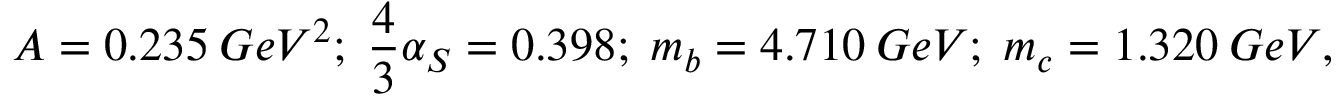
A = 0 . 2 3 5 \: G e V ^ { 2 } ; \; \frac { 4 } { 3 } \alpha _ { S } = 0 . 3 9 8 ; \; m _ { b } = 4 . 7 1 0 \: G e V ; \; m _ { c } = 1 . 3 2 0 \: G e V ,